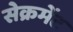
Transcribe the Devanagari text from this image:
सेक्रमेंट